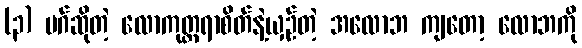
(၃) မဂ်ဆိုတဲ့ လောကုတ္တရာစိတ်နဲ့ယှဉ်တဲ့ အလောဘ ကျတော့ လောဘကို